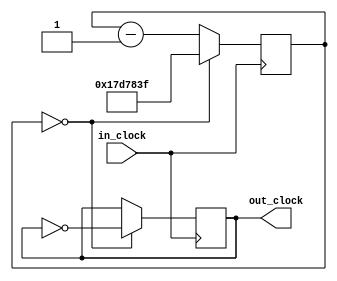
module clock_divider_50mhz_1hz (in_clock, out_clock);
	input 	in_clock;
	output 	out_clock;
	
	reg [24:0] counter;
	reg clkout;
	
	initial begin
		 counter = 0;
		 clkout  = 0;
	end
	
	always @(posedge in_clock) begin
		 if (counter == 0) begin
			  counter <= 24999999;
			  clkout <= ~clkout;
		 end else begin
			  counter <= counter - 1;
		 end
	end
	
	assign out_clock = clkout;
	
endmodule